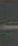
-